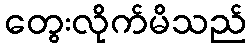
တွေးလိုက်မိသည်